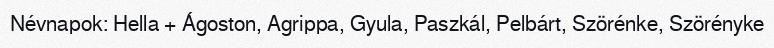
Névnapok: Hella + Ágoston, Agrippa, Gyula, Paszkál, Pelbárt, Szörénke, Szörényke